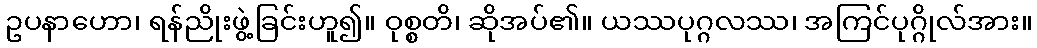
ဥပနာဟော၊ ရန်ညိုးဖွဲ့ခြင်းဟူ၍။ ဝုစ္စတိ၊ ဆိုအပ်၏။ ယဿပုဂ္ဂလဿ၊ အကြင်ပုဂ္ဂိုလ်အား။